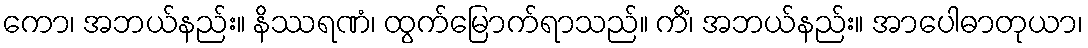
ကော၊ အဘယ်နည်း။ နိဿရဏံ၊ ထွက်မြောက်ရာသည်။ ကိံ၊ အဘယ်နည်း။ အာပေါဓာတုယာ၊